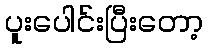
ပူးပေါင်းပြီးတော့